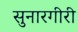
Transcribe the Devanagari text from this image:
सुनारगीरी